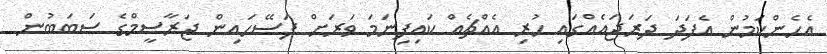
އެހެންކަމުން އެފަދަ ދަރަޖައެއްގައި ހުރި އެއްޗެއް ކައިފިނަމަ ވަރަށް ފަސޭހައިން ޖަރާސީމްގެ ސަބަބުން